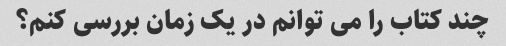
چند کتاب را می توانم در یک زمان بررسی کنم؟